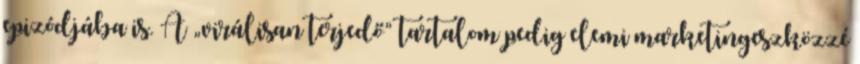
epizódjába is. A „virálisan terjedő” tartalom pedig elemi marketingeszközzé